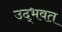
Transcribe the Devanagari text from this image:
उद्‌भवत